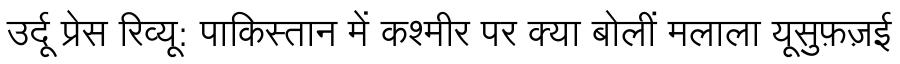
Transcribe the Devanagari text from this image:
उर्दू प्रेस रिव्यू: पाकिस्तान में कश्मीर पर क्या बोलीं मलाला यूसुफ़ज़ई